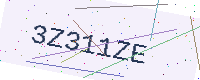
Text: 3Z311ZE